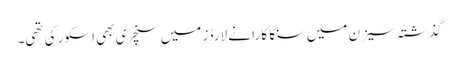
گذشتہ سیزن میں سنگا کارا نے لارڈز میں سنچری بھی اسکور کی تھی۔